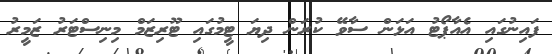
ފައިނުގައި އެއާޕޯޓު އަޅަން ސާވޭ ކުރަން ދިޔަ ޓީމުގައި ޓޫރިޒަމް މިނިސްޓަރު ޒަމީރު